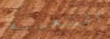
التعيسة